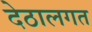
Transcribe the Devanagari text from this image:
देठालगत